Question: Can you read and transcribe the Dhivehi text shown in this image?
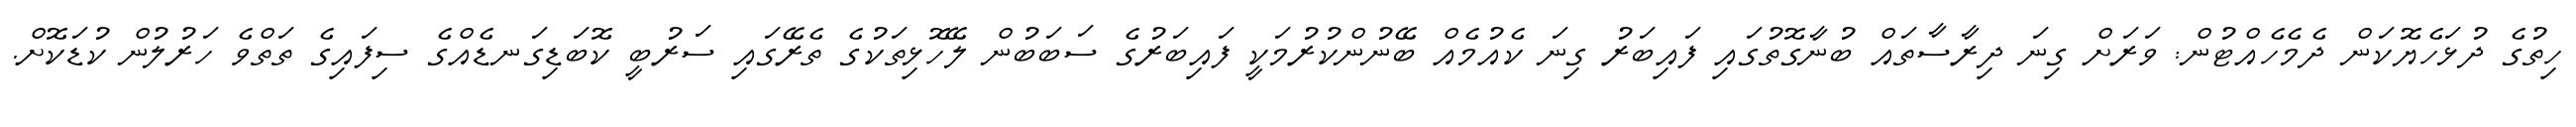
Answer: ހިތުގެ ދުޅަހެޔޮކަން ދެމެހެއްޓުން: ވަރަށް ގިނަ ދިރާސާތައް ބުނާގޮތުގައި ފައިބަރު ގިނަ ކެއުމެއް ބޭނުންކުރުމަކީ ފައިބަރުގެ ސަބަބުން ލޭހޮޅިތަކުގެ ތެރޭގައި ސަރުބީ ކޮބަޑިގަނޑެއްގެ ސިފައިގެ ތަތްވެ ހަރުލުން ކުޑަކޮށް.